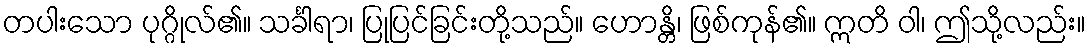
တပါးသော ပုဂ္ဂိုလ်၏။ သင်္ခါရာ၊ ပြုပြင်ခြင်းတို့သည်။ ဟောန္တိ၊ ဖြစ်ကုန်၏။ ဣတိ ဝါ၊ ဤသို့လည်း။